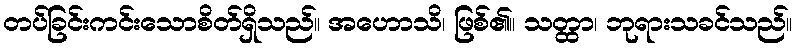
တပ်ခြင်းကင်းသောစိတ်ရှိသည်။ အဟောသိ၊ ဖြစ်၏။ သတ္ထာ၊ ဘုရားသခင်သည်။